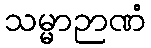
သမ္မာဉာဏံ